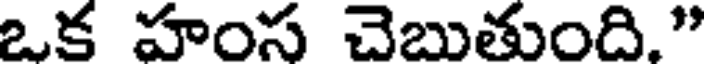
ఒక హంస చెబుతుంది."